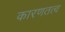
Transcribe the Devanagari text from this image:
कारणतत्व